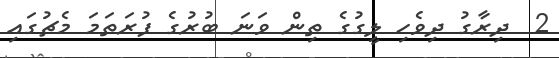
2  ދިރާގު ދިވެހި ލީގުގެ ތިން ވަނަ ބުރުގެ ފުރަތަމަ މެޗުގައި